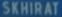
SKHIRAT